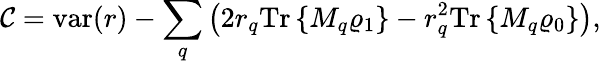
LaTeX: \mathcal{C}=\mathrm{var}(r)-\sum_{q}\left(2r_{q}\mathrm{Tr}\left\{ M_{q}\varrho_{1}\right\} -r_{q}^{2}\mathrm{Tr}\left\{ M_{q}\varrho_{0}\right\} \right),